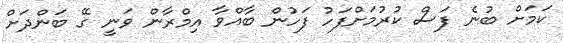
ކަމަށް ބުނެ ފަސް ކުރުމަށްފަހު ފަހުން ބާއްވާ އިމްރާން ވަނީ ގޭ ބަންދަށް